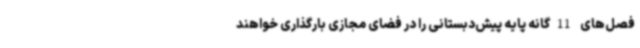
فصل‌های 11‌گانه پایه پیش‌دبستانی را در فضای مجازی بارگذاری خواهند